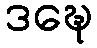
ဒဍ္ဎေ